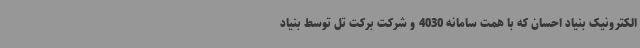
الکترونیک بنیاد احسان که با همت سامانه 4030 و شرکت برکت تل توسط بنیاد